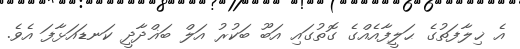
އެ ޚިލާފަތުގެ ޙަލީފާއެއްގެ ގޮތުގައި އަބޫ ބަކުރު އަލް ބަޣްދާދީ ކަނޑައަޅާފަ އެވެ.